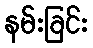
နမ်းခြင်း